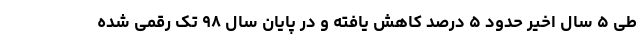
طی ۵ سال اخیر حدود ۵ درصد کاهش یافته و در پایان سال ۹۸ تک رقمى شده